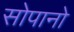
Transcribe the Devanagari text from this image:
सोपानो